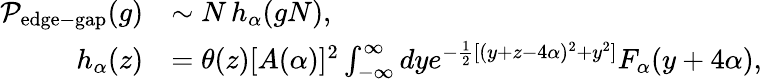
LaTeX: \begin{array}{rl}{\mathcal{P}_{\mathrm{edge-gap}}(g)}&{\sim N\, h_{\alpha}(gN),}\\ {h_{\alpha}(z)}&{=\theta(z)[A(\alpha)]^{2}\int_{-\infty}^{\infty}dye^{-\frac{1}{2}[(y+z-4\alpha)^{2}+y^{2}]}F_{\alpha}(y+4\alpha),}\end{array}